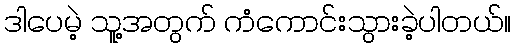
ဒါပေမဲ့ သူ့အတွက် ကံကောင်းသွားခဲ့ပါတယ်။